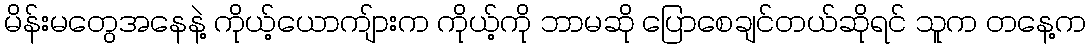
မိန်းမတွေအနေနဲ့ ကိုယ့်ယောကျ်ားက ကိုယ့်ကို ဘာမဆို ပြောစေချင်တယ်ဆိုရင် သူက တနေ့က